Plague in India, 1896, 1897 - Volume 3
Year: 1896
Disease focus: Plague
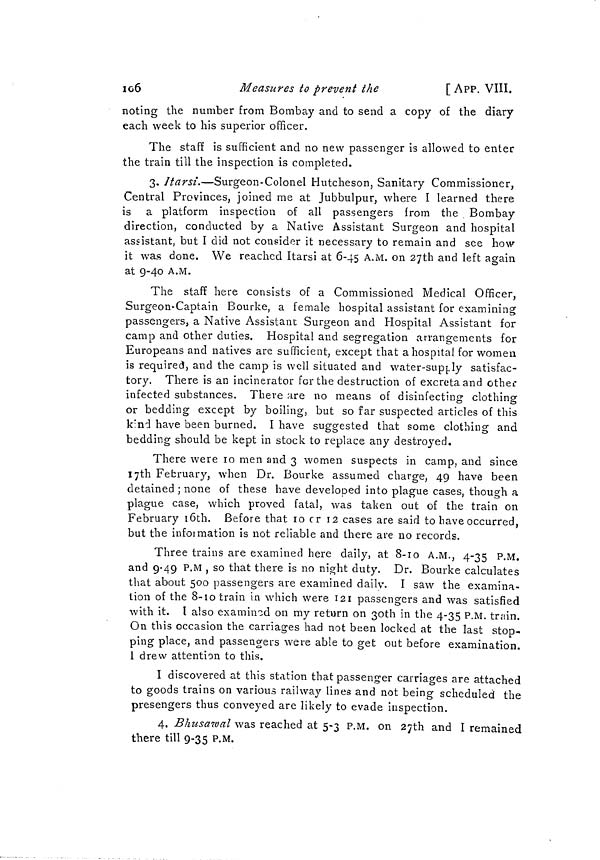
106
Measures to prevent the
[ APP. VIII.
noting the number from Bombay and to send a copy of the diary
each week to his superior officer.
The staff is sufficient and no new passenger is allowed to enter
the train till the inspection is completed.
3. Itarsi.—Surgeon-Colonel Hutcheson, Sanitary Commissioner,
Central Provinces, joined me at Jubbulpur, where I learned there
is a platform inspection of all passengers from the Bombay
direction, conducted by a Native Assistant Surgeon and hospital
assistant, but I did not consider it necessary to remain and see how
it was done. We reached Itarsi at 6-45 A.M. on 27th and left again
at 9-40 A.M.
The staff here consists of a Commissioned Medical Officer,
Surgeon-Captain Bourke, a female hospital assistant for examining
passengers, a Native Assistant Surgeon and Hospital Assistant for
camp and other duties. Hospital and segregation arrangements for
Europeans and natives are sufficient, except that a hospital for women
is required, and the camp is well situated and water-supply satisfac-
tory. There is an incinerator for the destruction of excreta and other
infected substances. There are no means of disinfecting clothing
or bedding except by boiling, but so far suspected articles of this
kind have been burned. I have suggested that some clothing and
bedding should be kept in stock to replace any destroyed.
There were 10 men and 3 women suspects in camp, and since
17th February, when Dr. Bourke assumed charge, 49 have been
detained ; none of these have developed into plague cases, though a
plague case, which proved fatal, was taken out of the train on
February 16th. Before that 10 cr 12 cases are said to have occurred,
but the infoimation is not reliable and there are no records.
Three trains are examined here daily, at 8-10 A.M., 4-35 P.M.
and 9-49 P.M , so that there is no night duty. Dr. Bourke calculates
that about 500 passengers are examined daily. I saw the examina-
tion of the 8-10 train in which were 121 passengers and was satisfied
with it. I also examined on my return on 30th in the 4-35 P.M. train.
On this occasion the carriages had not been locked at the last stop-
ping place, and passengers were able to get out before examination.
1 drew attention to this.
I discovered at this station that passenger carriages are attached
to goods trains on various railway lines and not being scheduled the
presengers thus conveyed are likely to evade inspection.
4, Bhusawal was reached at 5-3 P.M. on 27th and I remained
there till 9-35 P.M.